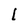
Character: l